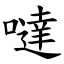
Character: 噠